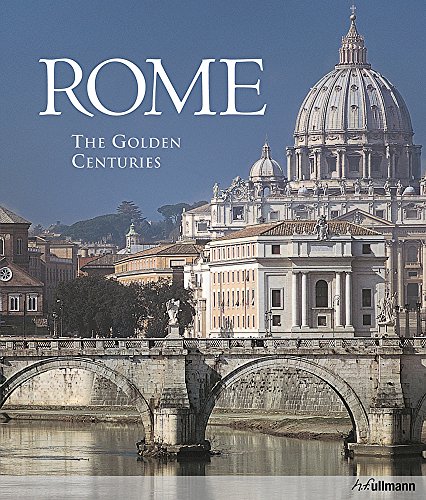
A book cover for Rome: The Golden Centuries; Marco Bussagli; Arts & Photography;